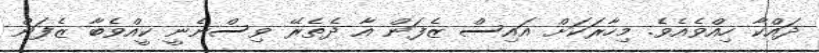
ދައްކާ ހިއްވެއެވެ. މިހާރަކަށް އައިސް ޒެފަން އާ ދެތެރޭ ވިސްނެނީ ކީއްވެބާ ޒެފަން